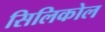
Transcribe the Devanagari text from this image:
सिलिकोल